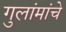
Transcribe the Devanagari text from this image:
गुलांमांचे